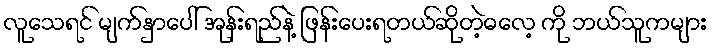
လူသေရင် မျက်နှာပေါ် အုန်းရည်နဲ့ ဖြန်းပေးရတယ်ဆိုတဲ့ဓလေ့ ကို ဘယ်သူကများ